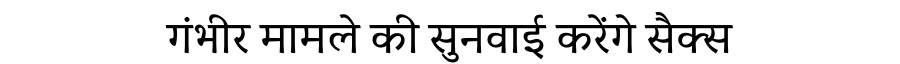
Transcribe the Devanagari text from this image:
गंभीर मामले की सुनवाई करेंगे सैक्स